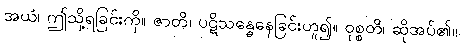
အယံ၊ ဤသို့ရခြင်းကို။ ဇာတိ၊ ပဋိသန္ဓေနေခြင်းဟူ၍။ ဝုစ္စတိ၊ ဆိုအပ်၏။